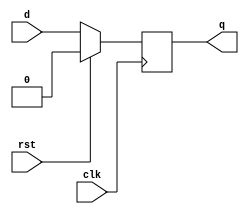
module dff_sync(d,clk,rst,q );
input d,clk,rst;
output reg q;

always @(posedge clk)
begin
        if(rst)
        q<=1'b0;
        else
        q<= d;
end

endmodule